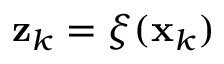
\mathbf { z } _ { k } = \xi ( \mathbf { x } _ { k } )